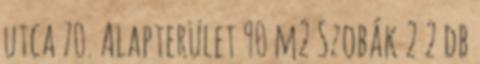
utca 70. Alapterület 90 m2 Szobák 2 2 db